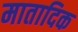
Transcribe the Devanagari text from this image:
मातादिक